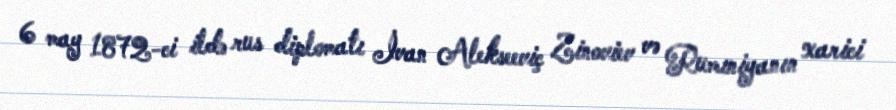
6 may 1872-ci ildə rus diplomatı İvan Alekseeviç Zinoviev və Rumıniyanın xarici